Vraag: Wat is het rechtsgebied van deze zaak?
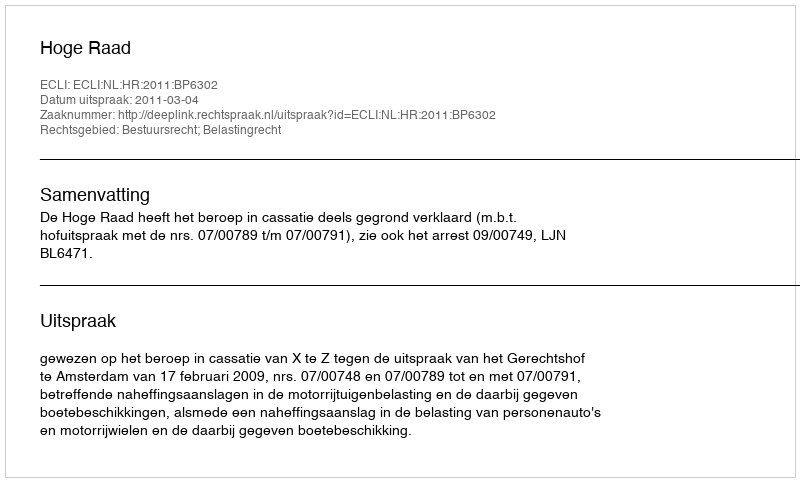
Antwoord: Bestuursrecht; Belastingrecht